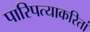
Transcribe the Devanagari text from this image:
पारिपत्याकरितां